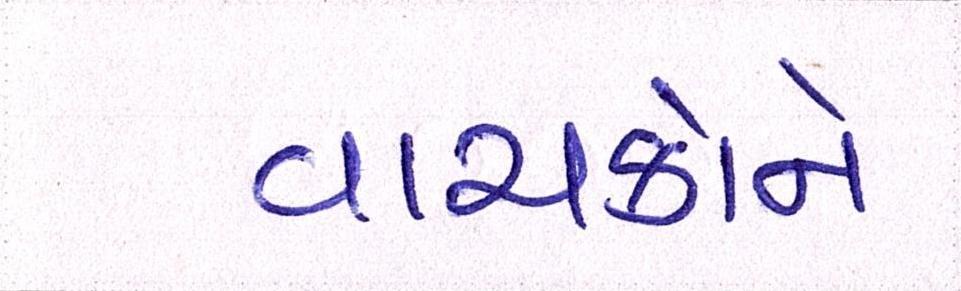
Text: વાચકોને